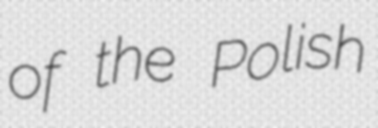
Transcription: of the Polish